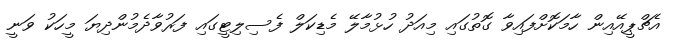
އެޗްޕީއޭއިން ހާމަކޮށްފައިވާ ގޮތުގައި މިއަދު ހުޅުމާލޭ މެޑިކަލް ފެސިލިޓީގައި ފަރުވާދެމުންދިޔަ މީހަކު ވަނީ